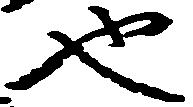
也